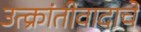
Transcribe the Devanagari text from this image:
उत्क्रांतीवादाचे